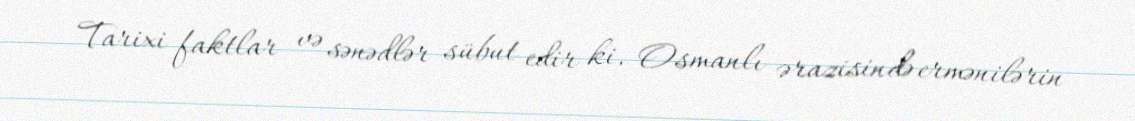
Tarixi faktlar və sənədlər sübut edir ki, Osmanlı ərazisində ermənilərin